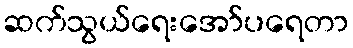
ဆက်သွယ်ရေးအော်ပရေတာ